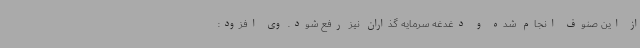
از این صنوف انجام شده و دغدغه سرمایه‌ گذاران نیز رفع شود. وی افزود: